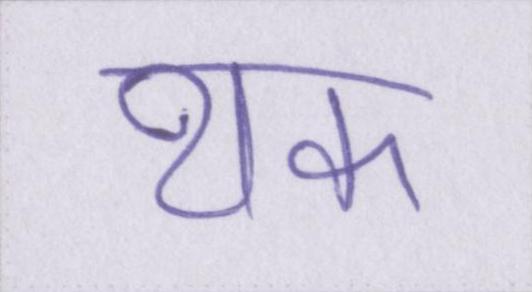
थक